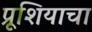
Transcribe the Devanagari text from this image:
प्रूशियाचा